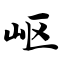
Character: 岖